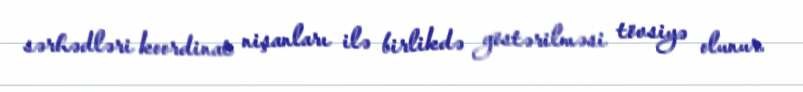
sərhədləri koordinat nişanları ilə birlikdə göstərilməsi tövsiyə olunur.